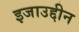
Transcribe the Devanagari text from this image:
इजाउद्दीन